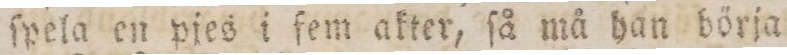
ſpela en pjes i fem akter, ſå må han börja